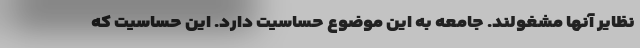
نظایر آنها مشغولند. جامعه به این موضوع حساسیت دارد. این حساسیت که